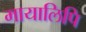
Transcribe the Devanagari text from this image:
मायालिपि